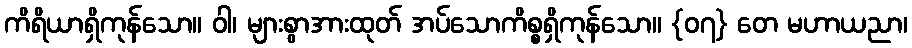
ကိရိယာရှိကုန်သော။ ဝါ၊ များစွာအားထုတ် အပ်သောကိစ္စရှိကုန်သော။ {၀၇} တေ မဟာယညာ၊